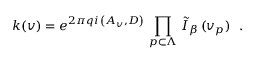
\left. k ( v ) = e ^ { 2 \pi q i \, \left( A _ { v } , D \right) } \, \prod _ { p \subset \Lambda } \, \tilde { I } _ { \beta } \, ( v _ { p } ) \right. \ .